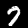
Label: 7